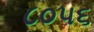
૮૦૫૬